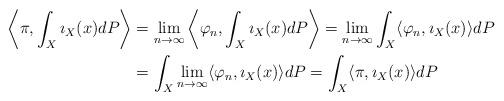
LaTeX: \begin{align*}\left\langle \pi,\int_X\imath_X(x)dP \right\rangle& =\lim_{n\to \infty}\left\langle \varphi_n,\int_X\imath_X(x)dP \right\rangle=\lim_{n\to \infty}\int_X\langle \varphi_n,\imath_X(x)\rangle dP \\& =\int_X\lim_{n\to \infty}\langle \varphi_n,\imath_X(x) \rangle dP=\int_X\langle \pi,\imath_X(x) \rangle dP\end{align*}